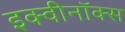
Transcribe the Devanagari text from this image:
इक्वीनॉक्स